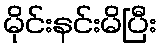
မိုင်းနင်းမိပြီး